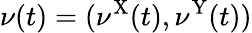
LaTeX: \nu(t)=(\nu^{\mathrm{X}}(t),\nu^{\mathrm{Y}}(t))